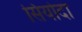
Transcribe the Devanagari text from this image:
सियोदा